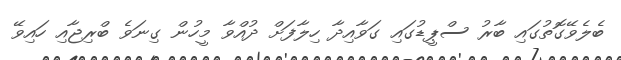
ބެލެވޭގޮތުގައި ބާރު ސްޕީޑުގައި ގަވާއިދާ ހިލާފަށް ދުއްވާ މީހުން ގިނަވެ ބްރިޖާއި ހައިވޭ